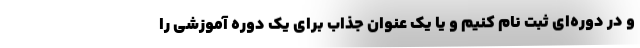
و در دوره‌ای ثبت نام کنیم و یا یک عنوان جذاب برای یک دوره آموزشی را